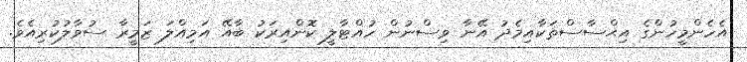
އެހެންމީހުންގެ އިޙްސާސްތަކާއިމެދު އޭނާ ވިސްނުން ހުއްޓާލީ ކޮންއިރަކު ބާއޭ އަމިއްލަ ޒަމީރާ ސުވާލުކުރިއެވެ.